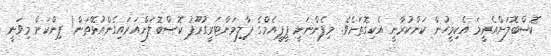
ކޮސްބޮލަށްއެރީމަ އެކިމީހުން ކަންކުރާނީ އެކިގޮތަށެވެ. މިފެންނަނީ ޕީޕީއެމްގެ ޕާލިމަންޓަރީގުރޫޕު ކޮސްބޮލަށްއަރައިގެންއުޅޭތަން! ޕިންކަށް މިވަނީ